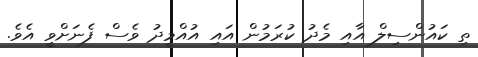
ތި ކައުންސިލް އާއި މެދު ކުރަމުން އައި އުއްމީދު ވެސް ފެނަށްވީ އެވެ.